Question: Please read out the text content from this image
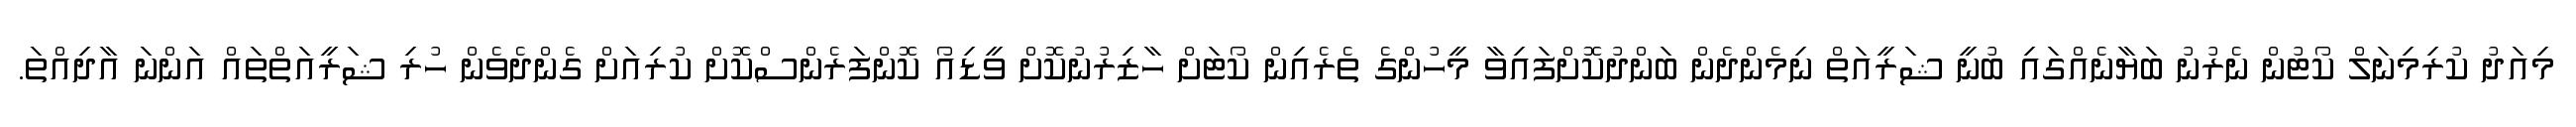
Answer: މިއަދު ކުރިމިނަލް ކޯޓުން ނެރުނު ބަޔާނެއްގައި ބުނީ ޝަރީއަތް ނިމެންދެން ބަންދުކޮށްފައިވާ މީހުންގެ ތެރެއިން ކޯޓަށް ހާޒިރުނުކޮށް ވީޑިއޯ ކޮންފަރެންސްކޮށް ކުރިއަށް ގެންދެވެން ހުރި ޝަރީއަތްތައް އަންނަ އާދިއްތަ.